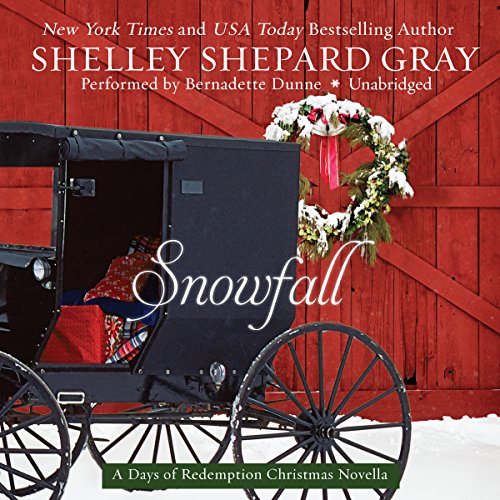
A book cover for Snowfall: A Days of Redemption Christmas Novella: Library Edition; Shelley Shepard Gray; Romance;